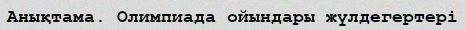
Анықтама. Олимпиада ойындары жүлдегертері